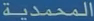
المحمدية